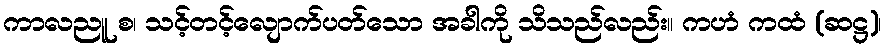
ကာလညူ စ၊ သင့်တင့်လျောက်ပတ်သော အခါကို သိသည်လည်း။ ကဟံ ကထံ (ဆဋ္ဌ)၊